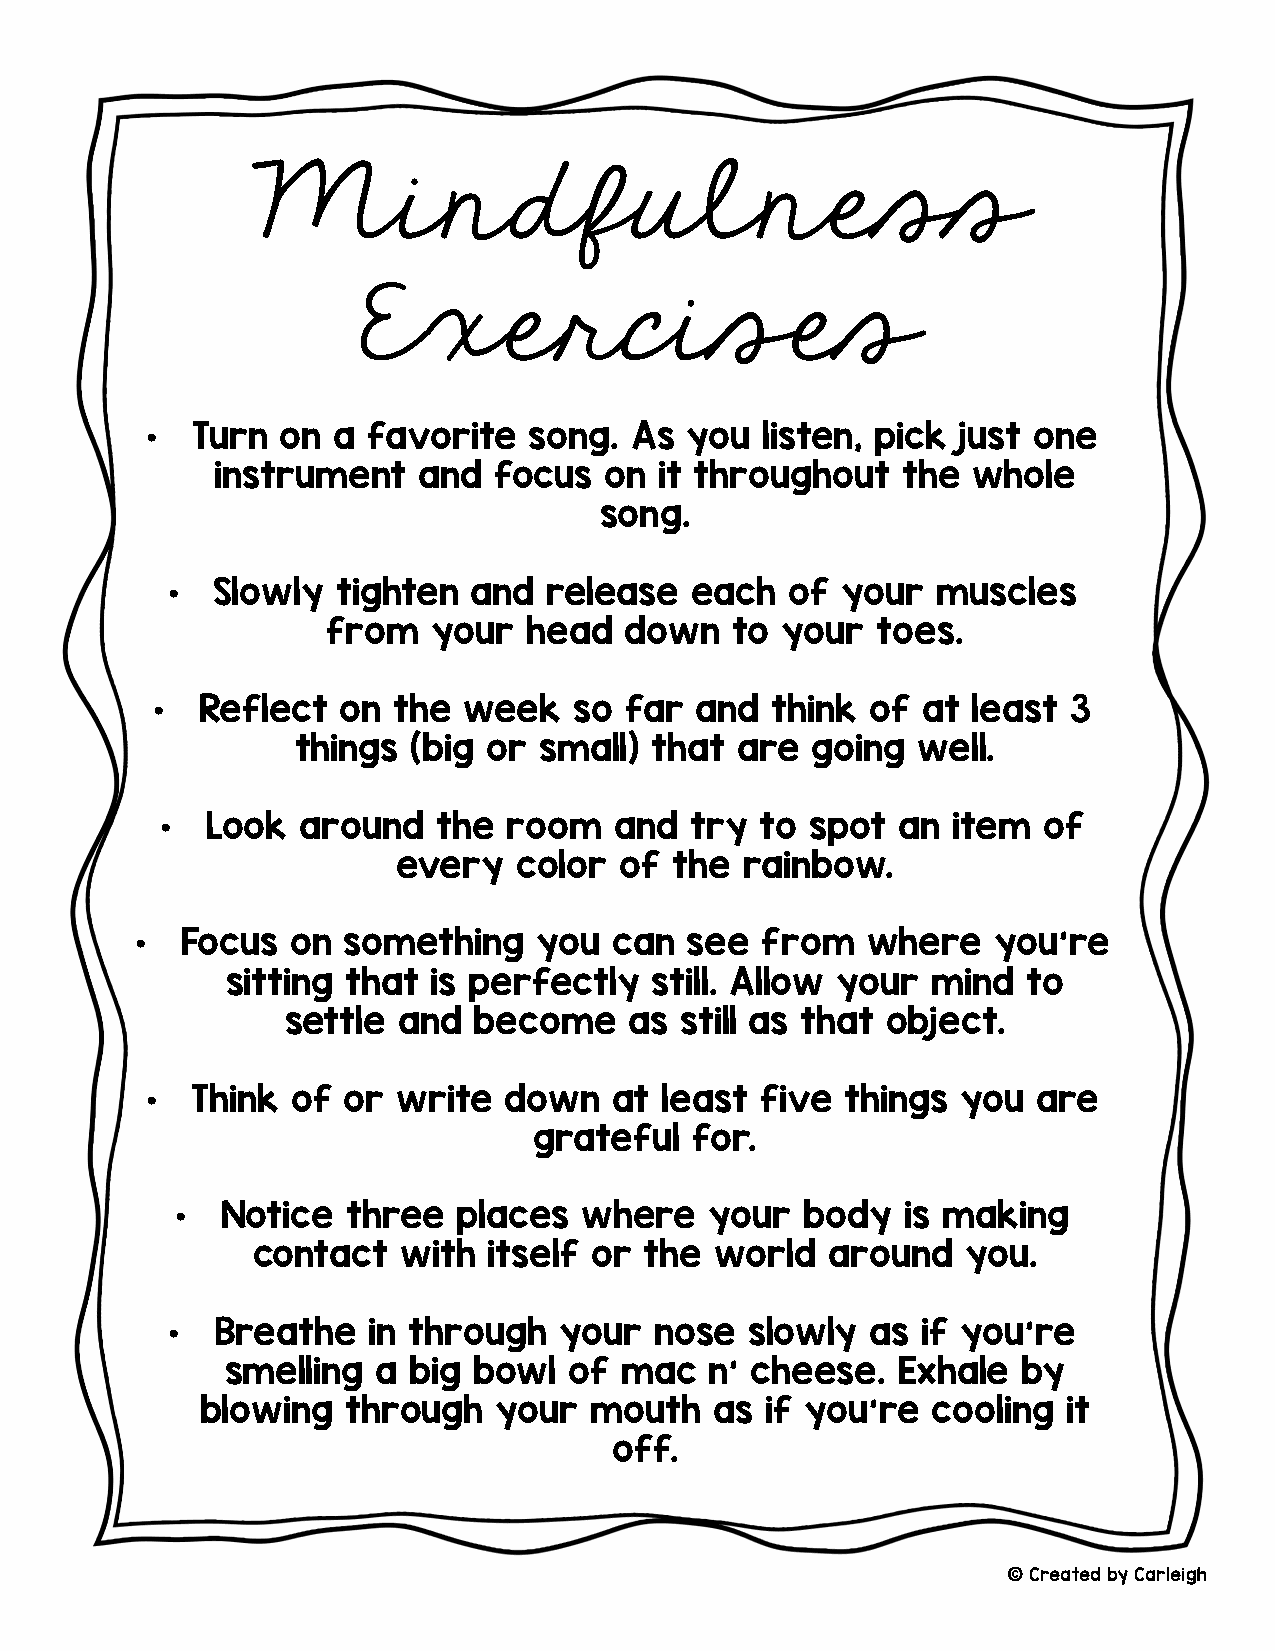
Mindfulness
 Exercises
 •  Turn  on a favorite   song.  As you   listen, pick just one
 instrument    and  focus  on  it throughout   the whole
 song.
 •  Slowly  tighten  and  release   each  of  your  muscles
 from   your  head  down   to  your  toes.
 •  Reflect   on the  week   so far  and  think  of at least  3
 things (big or  small) that  are  going  well.
 •  Look  around   the  room   and  try to  spot an  item  of
 every   color  of  the rainbow.
 •  Focus  on  something    you  can  see from   where    you’re
 sitting that  is perfectly  still. Allow your  mind  to
 settle and  become     as still as that object.
 •  Think of  or write  down    at least five  things  you  are
 grateful   for.
 •  Notice  three  places   where   your  body   is making
 contact   with itself or  the world   around   you.
 •  Breathe   in through   your  nose   slowly  as if you’re
 smelling  a big bowl   of mac   n’ cheese.  Exhale   by
 blowing   through   your  mouth   as  if you’re  cooling  it
 off.
 ©Created by Carleigh